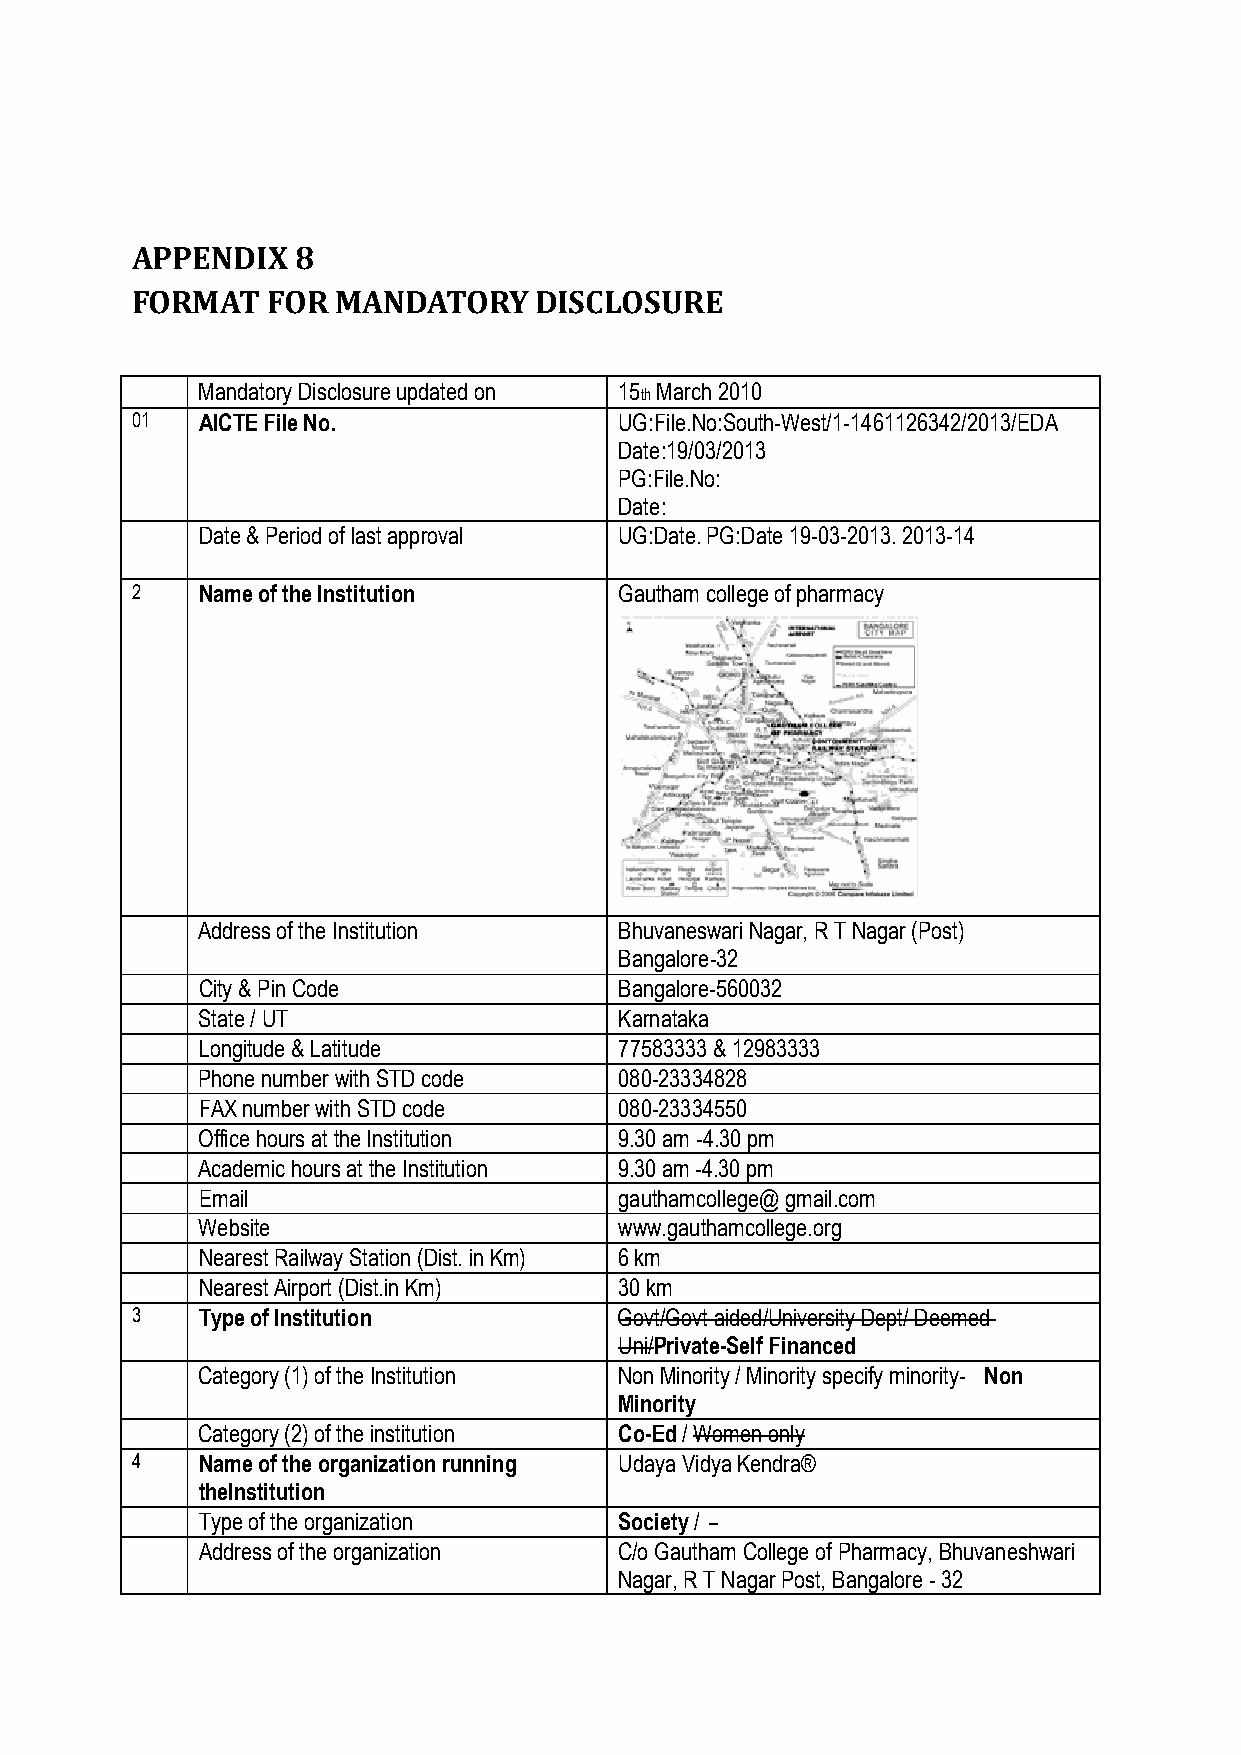
APPENDIX   8
 FORMAT   FOR MANDATORY    DISCLOSURE
 Mandatory Disclosure updated on 15 March 2010
 th
 01  AICTE File No.              UG:File.No:South-West/1-1461126342/2013/EDA
 Date:19/03/2013
 PG:File.No:
 Date:
 Date & Period of last approval UG:Date. PG:Date 19-03-2013. 2013-14
 2   Name of the Institution     Gautham college of pharmacy
 Address of the Institution  Bhuvaneswari Nagar, R T Nagar (Post)
 Bangalore-32
 City & Pin Code             Bangalore-560032
 State / UT                  Karnataka
 Longitude & Latitude        77583333 & 12983333
 Phone number with STD code  080-23334828
 FAX number with STD code    080-23334550
 Office hours at the Institution 9.30 am -4.30 pm
 Academic hours at the Institution 9.30 am -4.30 pm
 Email                       gauthamcollege@ gmail.com
 Website                     www.gauthamcollege.org
 Nearest Railway Station (Dist. in Km) 6 km
 Nearest Airport (Dist.in Km) 30 km
 3   Type of Institution         Govt/Govt aided/University Dept/ Deemed
 Uni/Private-Self Financed
 Category (1) of the Institution Non Minority / Minority specify minority- Non
 Minority
 Category (2) of the institution Co-Ed / Women only
 4   Name of the organization running Udaya Vidya Kendra®
 theInstitution
 Type of the organization    Society /
 Address of the organization C/o Gautham College of Pharmacy, Bhuvaneshwari
 Nagar, R T Nagar Post, Bangalore - 32